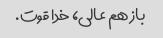
باز هم عالی، خدا قوت.